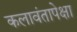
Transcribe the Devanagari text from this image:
कलावंतापेक्षा